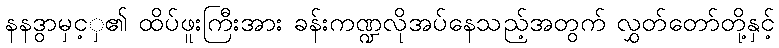
နနဒွာမှင့ှ၏ ထိပ်ဖူးကြီးအား ခန်းကဏ္ဍလိုအပ်နေသည့်အတွက် လွှတ်တော်တို့နှင့်